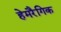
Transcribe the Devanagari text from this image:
हेमरैगिक